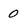
Character: 0